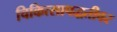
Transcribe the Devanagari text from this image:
चिकित्सापद्धतीवर